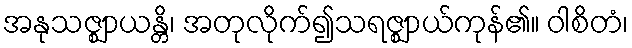
အနုသဇ္ဈာယန္တိ၊ အတုလိုက်၍သရဇ္ဈာယ်ကုန်၏။ ဝါစိတံ၊